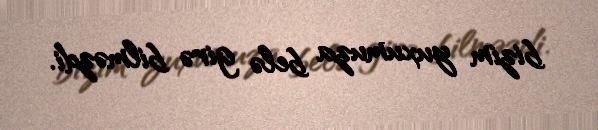
bizim yuxumuza belə girə bilməzdi.